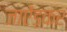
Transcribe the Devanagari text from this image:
जाऐंड़कर